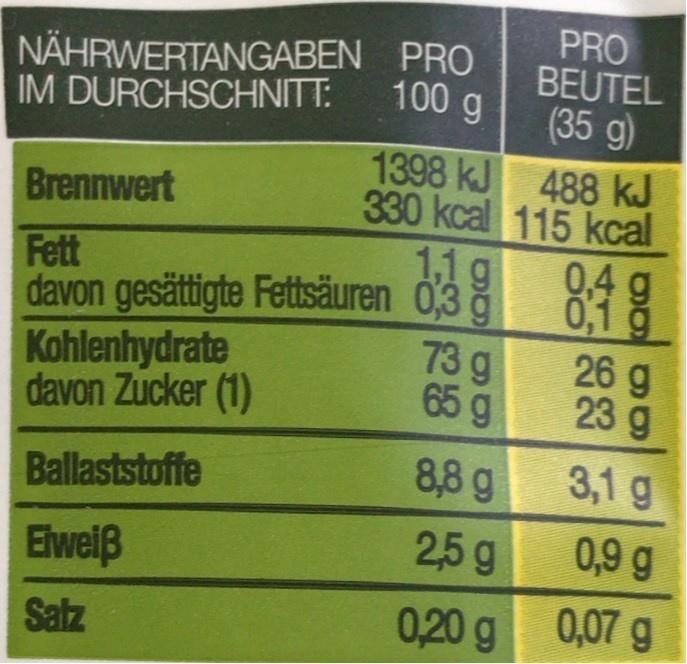
PRO BEUTEL (35 g) 1398 kJ 488 kJ 330 kcal 115 kcal 0,4 g 0,1 g 26 g 23 g
NÄHRWERTANGABEN PRO IM DURCHSCHNITT:
100 g
Brennwert
1,1g
Fett davon gesättigte Fettsäuren 03 Kohlenhydrate davon Zucker (1)
73g 65 g
8,8 g
3,1 g
Ballaststoffe
2,5g
0,9 g
Elweiß
0,20 g
0,07 g
Salz